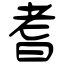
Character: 耆